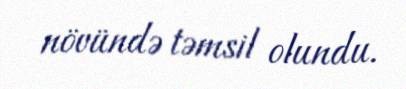
növündə təmsil olundu.